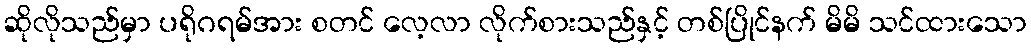
ဆိုလိုသည်မှာ ပရိုဂရမ်အား စတင် လေ့လာ လိုက်စားသည်နှင့် တစ်ပြိုင်နက် မိမိ သင်ထားသော